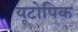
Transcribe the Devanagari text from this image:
यूटोपिक